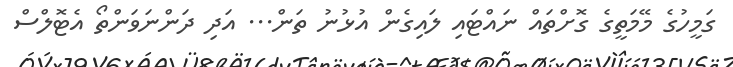
ގަމީހުގެ މޭމަތީގެ ގޮށްތައް ނައްޓައި ލައިގެން އުޅުނު ތަން... އަދި ދަންނަވަންތޯ އެޓޮލްސް